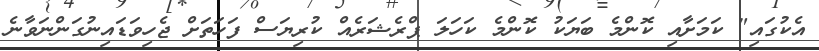
އެކުގައި" ކަމަށާއި ކޮންމެ ބަޔަކު ކޮންމެ ކަހަލަ ޕްރެޝަރެއް ކުރިޔަސް ފަހަތަށް ޖެހިވަޑައިނުގަންނަވާނެ